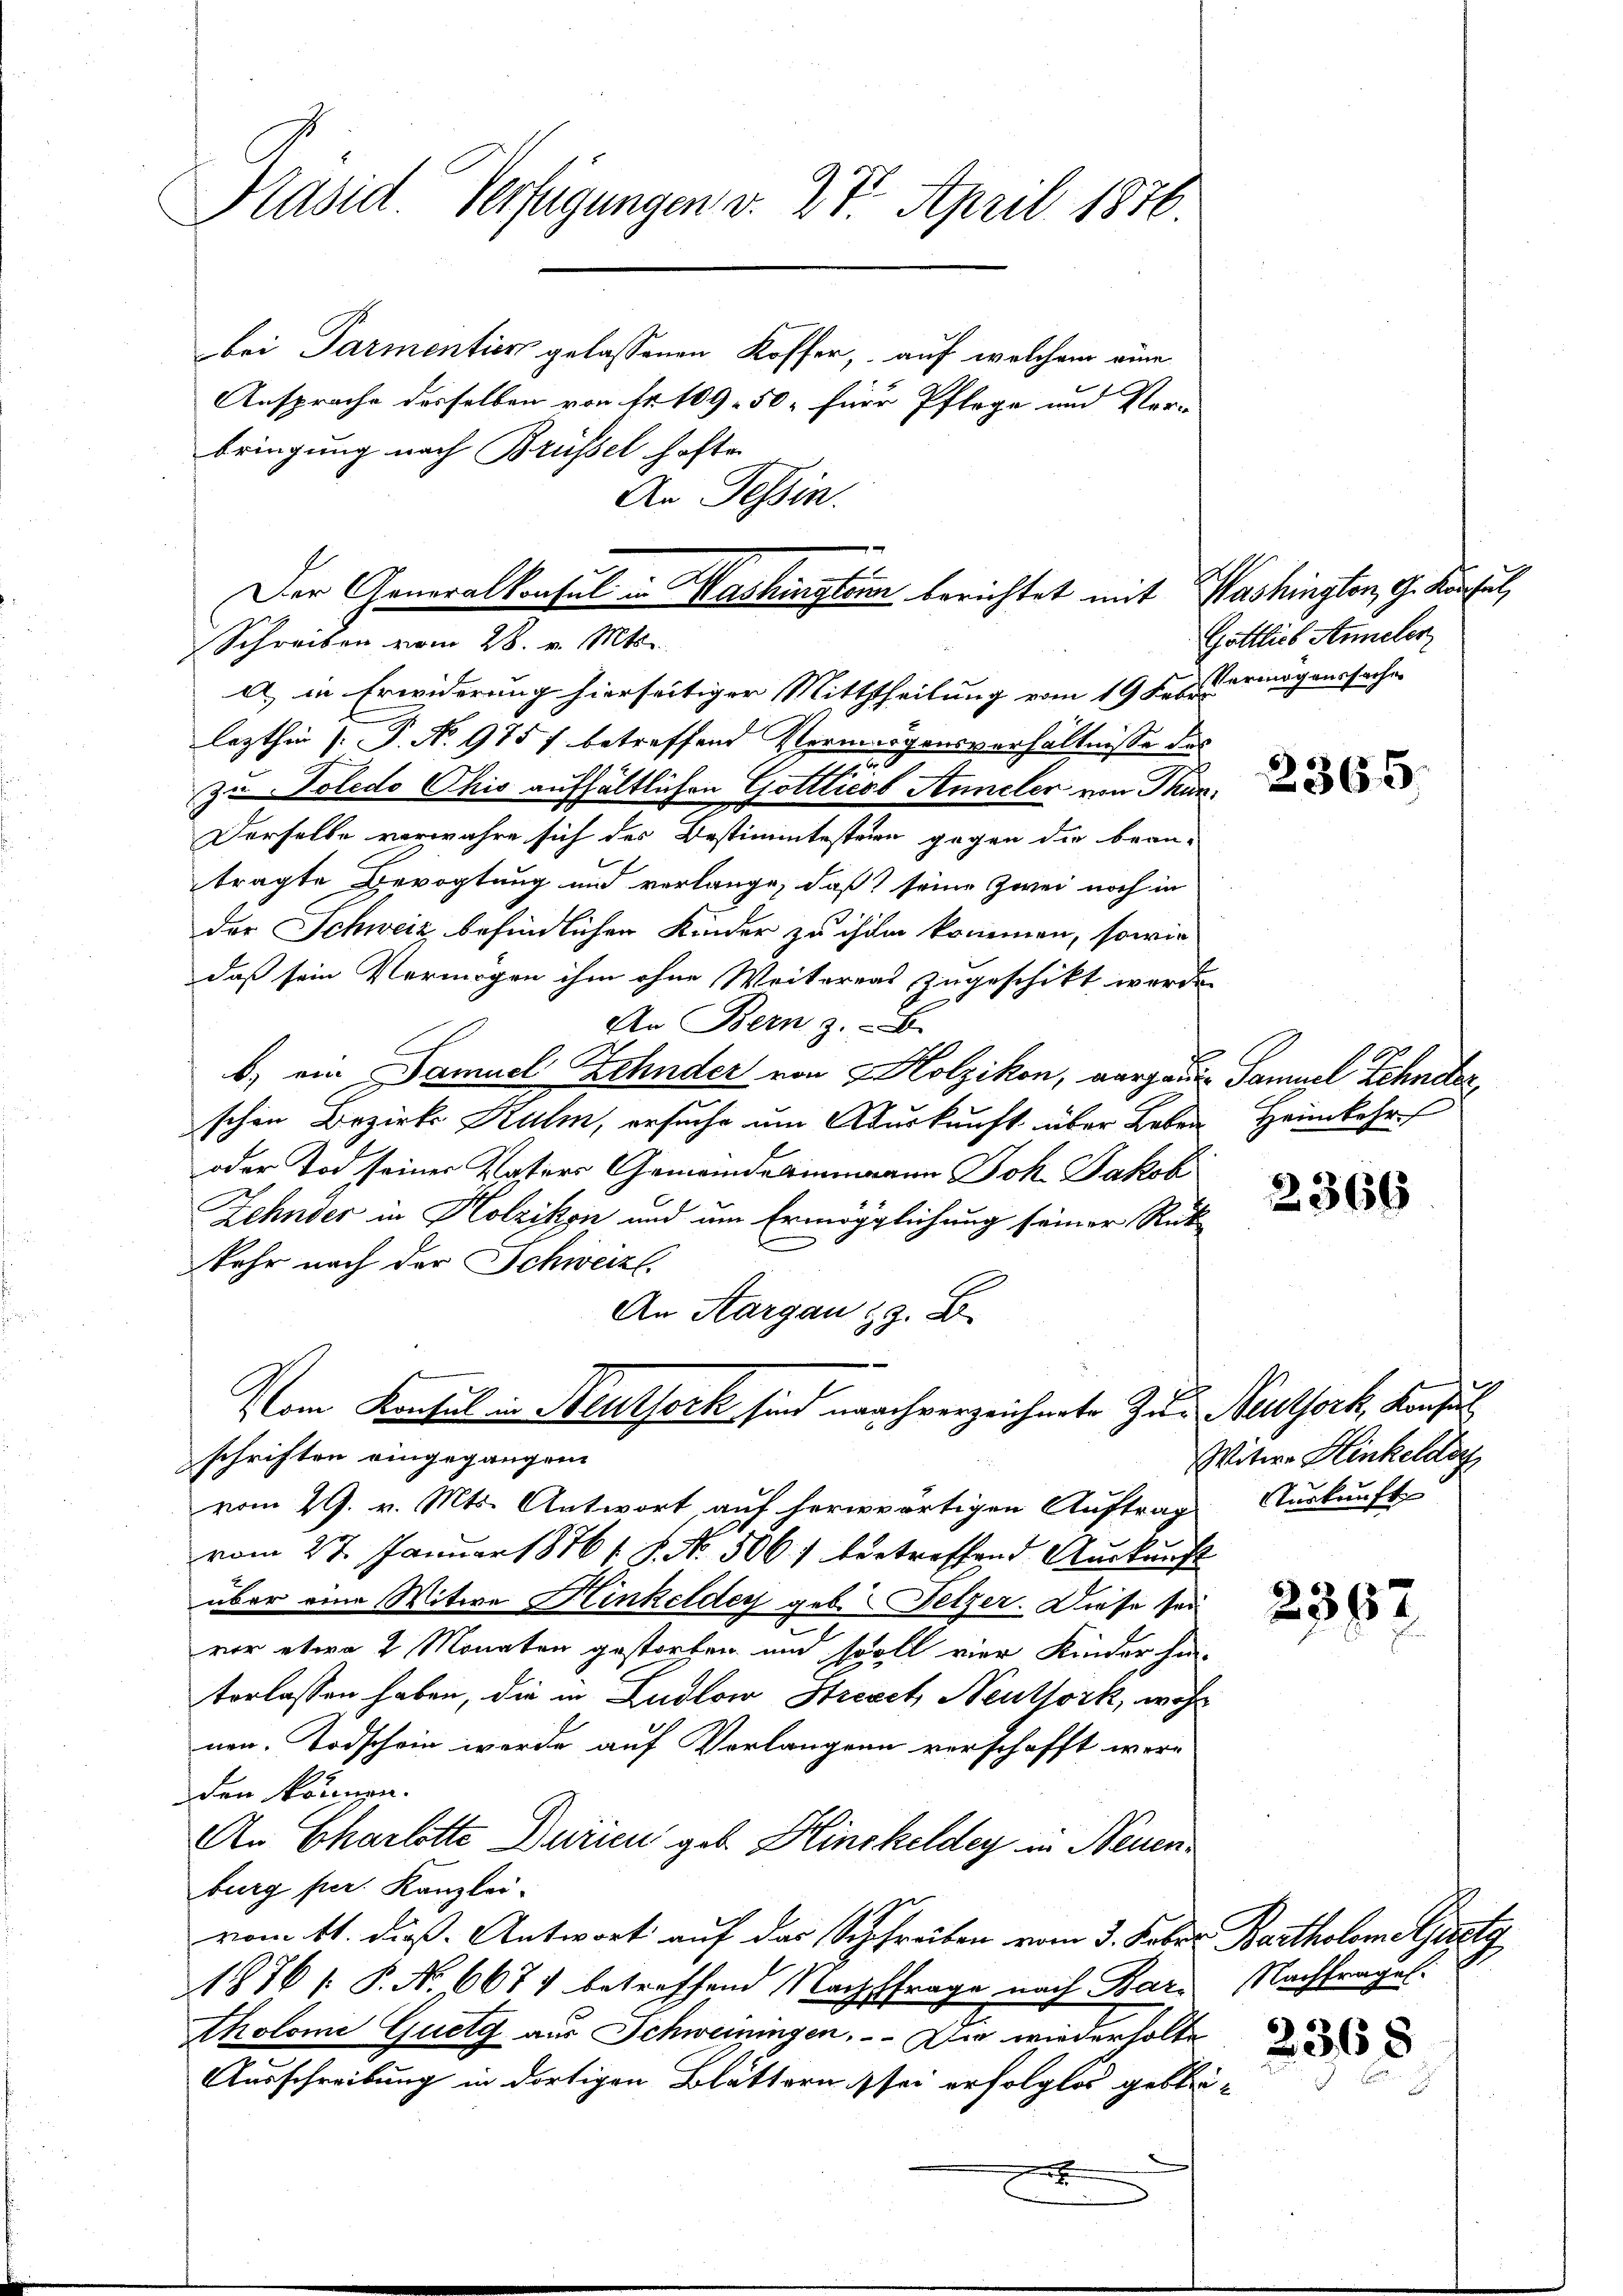
Präsid. Verfügungen v. 27. April 1876.

bei Parmentier gelassenen Koffer, auf welchem eine
Ansprache desselben von fr. 109. 50. für Pflege und Verbringung nach Brüssel hofte.
lezthin (: P. No 975 7 betreffend Vermögensverhältnisse des
2
z. Poledo Chis aufhältlichen Gottlieob Anneler von Thunn
Derselbe verwahre sich des Bestimmtesteien gegen die bean-
tragte Bevogtung und verlange, daß seine Zwei noch in
der Schweiz befindlichen Kinder zu ihre kommen, sowie
daß sein Vermögen ihm ohne Weiterent zugeschikt werden
An Bern z. B.
b.) ein Samuel Zehnder von Holzikon, Aargaus Samuel Schneter
schen Bezirks Kulm, ersuche um Auskunft über Leben Heimkehr
oder Tod seiner Kasers Gemeindeammann Joh. Jakob
Zehnder in Holzikon und um Ermöglichung seiner Rück
kehr nach der Schweizl.
An Aargau 23. D
Vom Konsul in Neuthork sind nach verzeichnete Zur Neuthork, Konsul
schriften eingegangen.
vom 29. v. Mts. Antwort auf herwärtigen Auftrag
vom 27. Januar 1876 s. S. No. 506 vertreffend Auskunft
über eine Witwe Hinkelder geb. Pelzer. Diese sei
vor etwa 2 Monaten gestorben und soll vier Kinder hin-
terlassen haben, die in Ludlow Stresetz Neuthork, wohl
nen. Todschein werde auf Verlangen verschafft worden können.
An Charlotte Durici geb. Hinckeldey in Neuenburg per. Kanzlei-
vom 11. dieß. Antwort auf das Schreiben vom 3. Febr. Bartholometerstg
1876 s. P. No 6677 betreffend Nachfrage nach Bar-
tholome Quelg aus Schweiningen. - Die wiederholte
Ausschreibung in dortigen Blättern sei erfolglos gebleix

An Tessin.
Der Generalkonsul in Washingten berichtet mit Washington, G. Kisel,
Schreiben vom 28. v. Mts.
A) in Erwiderung hierseitiger Mittheilung vom 19 des Vermögenssache

Gottlich Anneler

2365

2366

Witwe Hinkeldor
Nurkunft

2367

Nachfrages.

2368